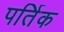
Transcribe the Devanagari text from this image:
पर्तिक